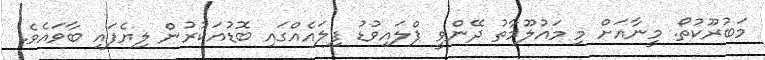
މަބުރޫކުތޯ. މީނާއަށް މި މައުލޫމާތު ދޭންވީ ޕްލައިވުޑު ފިލައެއްގައި ބޮޑުއަކުރުން ލިޔެފައި ބާވައެވެ.